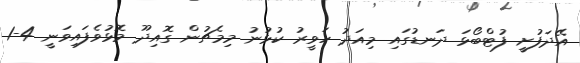
އޭދަފުށީ ފުޓްބޯޅަ ދަނޑުގައި މިއަދު ހަވީރު ކުޅުނު މިމެޗުން ގޮއިދޫ މޮޅުވެފައިވަނީ 4-1